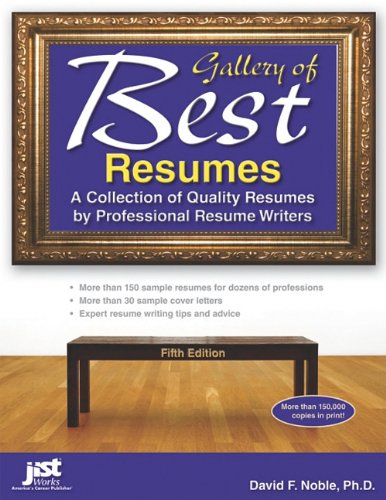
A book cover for Gallery of Best Resumes: A Collection of Quality Resumes by Professional Resume Writers, 5th Edition; David Noble; Business & Money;